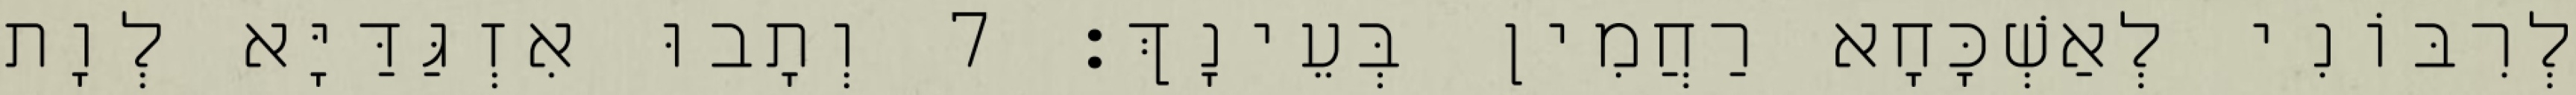
לְרִבּוֹנִי לְאַשְׁכָּחָא רַחֲמִין בְּעֵינָךְ׃ 7 וְתָבוּ אִזְגַּדַּיָּא לְוָת